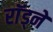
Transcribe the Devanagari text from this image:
राॅड्ने